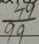
\frac { 4 9 } { 9 9 }